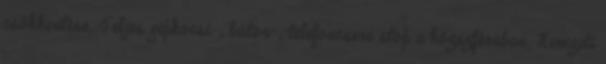
csökkentése; Teljes gépkocsi-, bútor-, telefoncsere stop a közszférában; Nemzeti